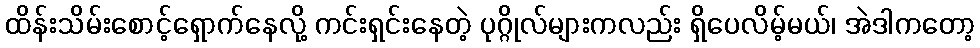
ထိန်းသိမ်းစောင့်ရှောက်နေလို့ ကင်းရှင်းနေတဲ့ ပုဂ္ဂိုလ်များကလည်း ရှိပေလိမ့်မယ်၊ အဲဒါကတော့